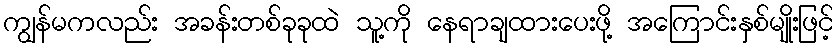
ကျွန်မကလည်း အခန်းတစ်ခုခုထဲ သူ့ကို နေရာချထားပေးဖို့ အကြောင်းနှစ်မျိုးဖြင့်